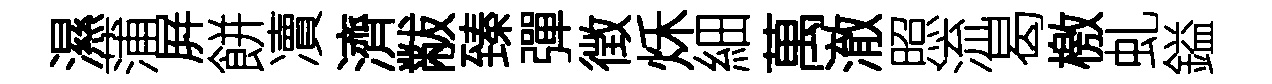
濕蒲屛餅凟濟黻臻彈徴秌細萬澈照流曷檄虬鎰